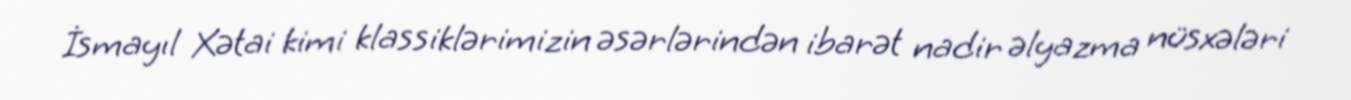
İsmayıl Xətai kimi klassiklərimizin əsərlərindən ibarət nadir əlyazma nüsxələri